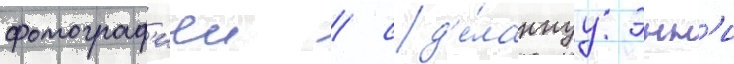
фотограф'иеи / сд'е́ланнуу энн'и